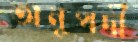
অনুপদী